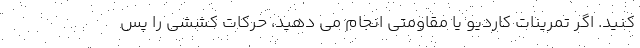
کنید. اگر تمرینات کاردیو یا مقاومتی انجام می دهید، حرکات کششی را پس